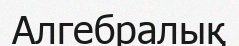
Алгебралық